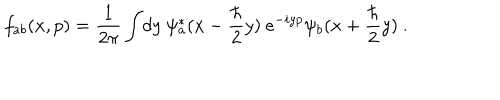
LaTeX: f _ { a b } ( x , p ) = { \frac { 1 } { 2 \pi } } \int \! d y ~ \psi _ { a } ^ { * } ( x - { \frac { \hbar } { 2 } } y ) ~ e ^ { - i y p } \psi _ { b } ( x + { \frac { \hbar } { 2 } } y ) \ .